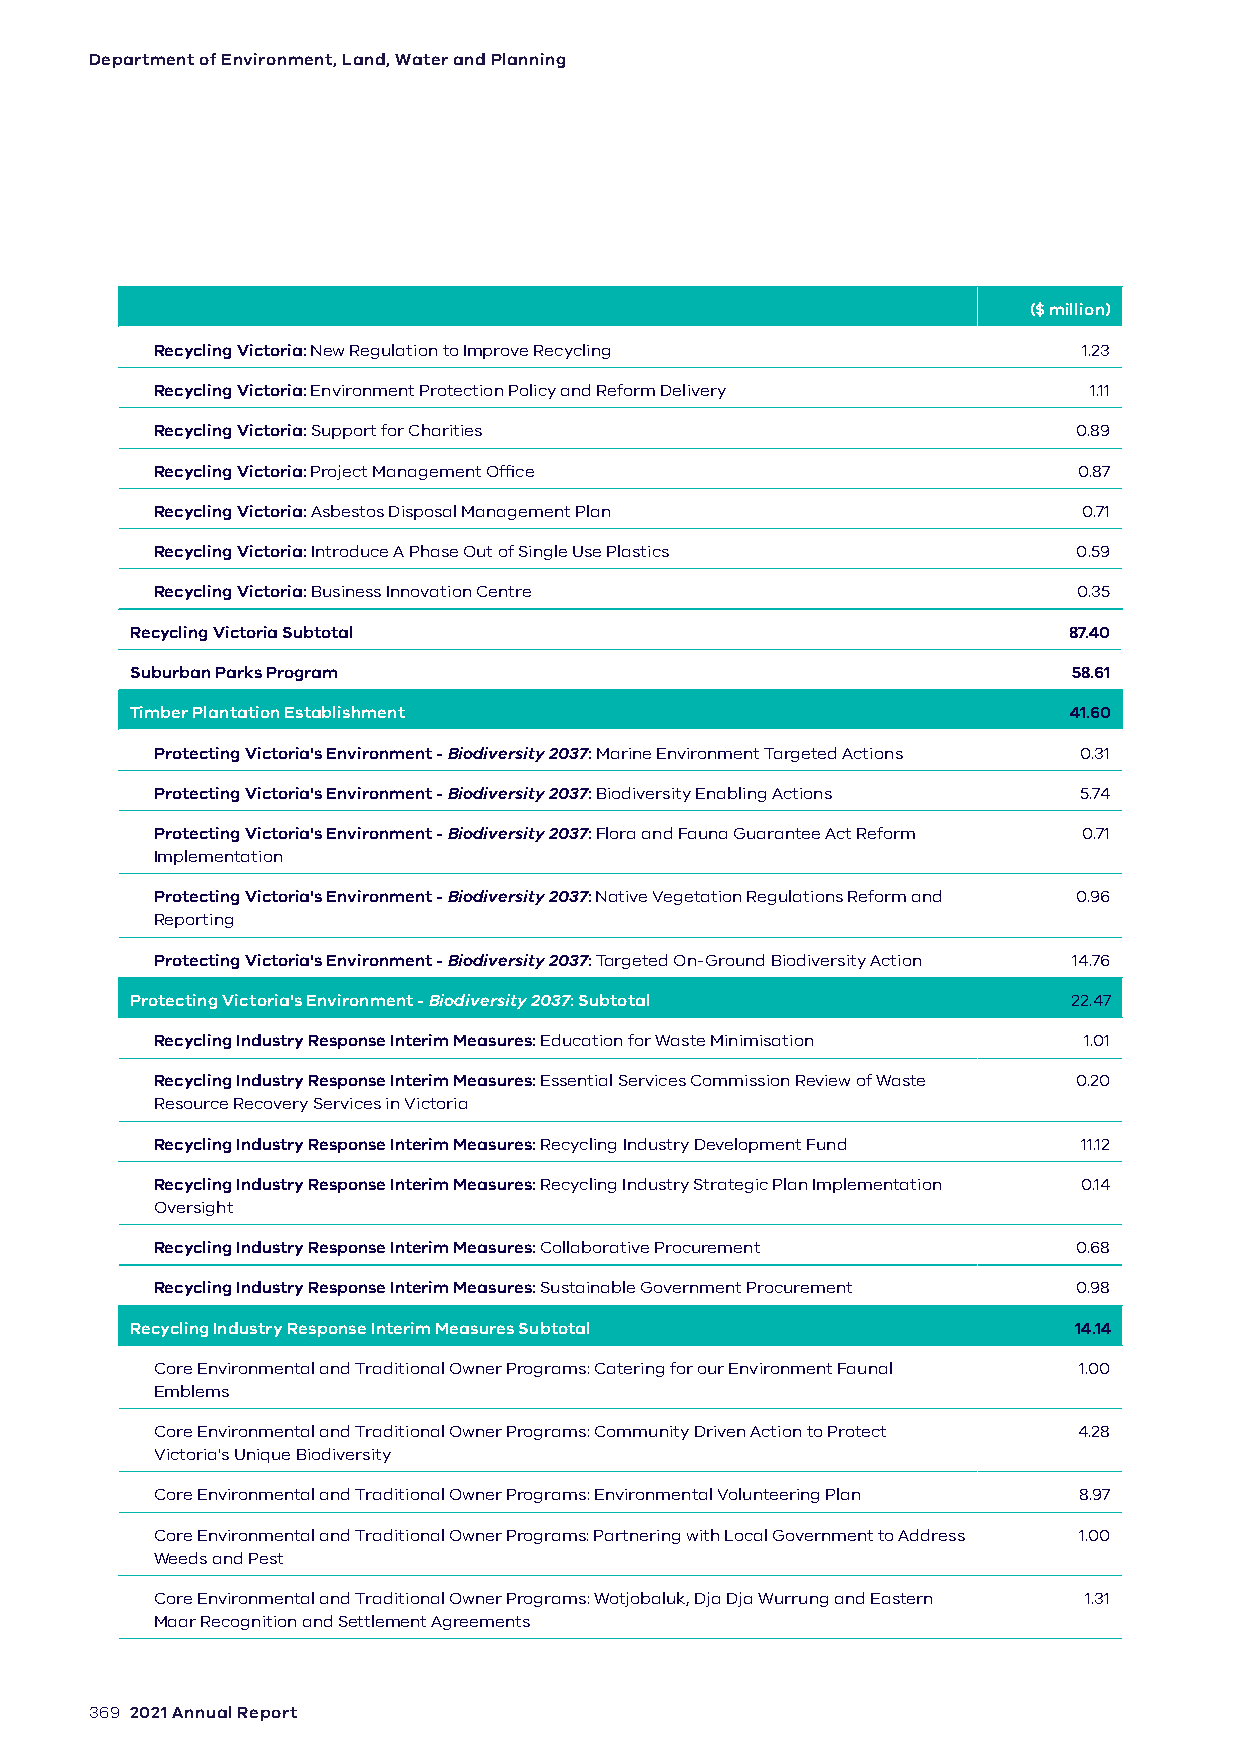
Department of Environment, Land, Water and Planning
 ($ million)
 Recycling Victoria: New Regulation to Improve Recycling       1.23
 Recycling Victoria: Environment Protection Policy and Reform Delivery 1.11
 Recycling Victoria: Support for Charities                    0.89
 Recycling Victoria: Project Management Office                0.87
 Recycling Victoria: Asbestos Disposal Management Plan         0.71
 Recycling Victoria: Introduce A Phase Out of Single Use Plastics 0.59
 Recycling Victoria: Business Innovation Centre               0.35
 Recycling Victoria Subtotal                                   87.40
 Suburban Parks Program                                        58.61
 Timber Plantation Establishment                               41.60
 Protecting Victoria's Environment - Biodiversity 2037: Marine Environment Targeted Actions 0.31
 Protecting Victoria's Environment - Biodiversity 2037: Biodiversity Enabling Actions 5.74
 Protecting Victoria's Environment - Biodiversity 2037: Flora and Fauna Guarantee Act Reform 0.71
 Implementation
 Protecting Victoria's Environment - Biodiversity 2037: Native Vegetation Regulations Reform and 0.96
 Reporting
 Protecting Victoria's Environment - Biodiversity 2037: Targeted On-Ground Biodiversity Action 14.76
 Protecting Victoria's Environment - Biodiversity 2037: Subtotal 22.47
 Recycling Industry Response Interim Measures: Education for Waste Minimisation 1.01
 Recycling Industry Response Interim Measures: Essential Services Commission Review of Waste 0.20
 Resource Recovery Services in Victoria
 Recycling Industry Response Interim Measures: Recycling Industry Development Fund 11.12
 Recycling Industry Response Interim Measures: Recycling Industry Strategic Plan Implementation 0.14
 Oversight
 Recycling Industry Response Interim Measures: Collaborative Procurement 0.68
 Recycling Industry Response Interim Measures: Sustainable Government Procurement 0.98
 Recycling Industry Response Interim Measures Subtotal         14.14
 Core Environmental and Traditional Owner Programs: Catering for our Environment Faunal 1.00
 Emblems
 Core Environmental and Traditional Owner Programs: Community Driven Action to Protect 4.28
 Victoria's Unique Biodiversity
 Core Environmental and Traditional Owner Programs: Environmental Volunteering Plan 8.97
 Core Environmental and Traditional Owner Programs: Partnering with Local Government to Address 1.00
 Weeds and Pest
 Core Environmental and Traditional Owner Programs: Wotjobaluk, Dja Dja Wurrung and Eastern 1.31
 Maar Recognition and Settlement Agreements
 369 2021 Annual Report